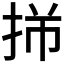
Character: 𫼩